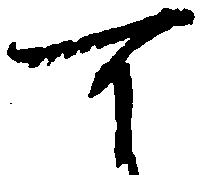
可